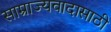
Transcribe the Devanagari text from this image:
साम्राज्यवादासाठी